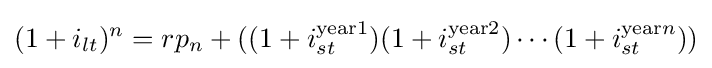
(1+i_{lt})^{n}=rp_{n}+((1+i_{st}^{\mathrm {year} 1})(1+i_{st}^{\mathrm {year} 2})\cdots (1+i_{st}^{\mathrm {year} n}))